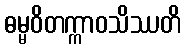
ဓမ္မဝိတက္ကာဝသိဿတိ